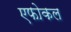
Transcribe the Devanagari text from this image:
एफोकल